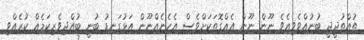
ތުއްތުދީދީ ބުނުއްވެވިއެވެ ނޫން ނޫން އެއްގޮތަކަށްވެސް އެހެނެއްނޫން އަޅުގަނޑު ބުނީ ބުއްދިވެރިކަމެއް ކުރެއްވި